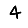
Digit: 4